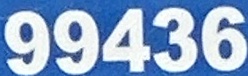
99436